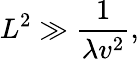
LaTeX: L^{2}\gg\frac{1}{\lambda v^{2}},